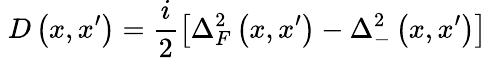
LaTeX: \; D\left(x,x^{\prime}\right)=\frac i2\left[\Delta_{F}^{2}\left(x,x^{\prime}\right)-\Delta_{-}^{2}\left(x,x^{\prime}\right)\right]